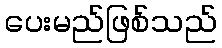
ပေးမည်ဖြစ်သည်